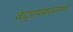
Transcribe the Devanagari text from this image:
बद्धपद्मासनस्थं